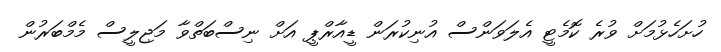
ހުށަހެޅުމަށް ވުރެ ކޮމެޓީ އެލަވަންސް އުނިކުރަން ޑީއާރްޕީ އަށް ނިސްބަތްވާ މަޖިލީސް މެމްބަރުން